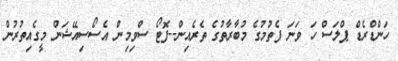
ހަންޑްރެޑް ޕްލަސް ހަ ވަނަ ފެތުމުގެ މުބާރާތުގެ ތެރެއިން--ފޮޓޯ ސްވިމިން އެސޯސިއޭޝަން މީގެއިތުރުން